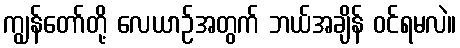
ကျွန်တော်တို့ လေယာဉ်အတွက် ဘယ်အချိန် ဝင်ရမလဲ။